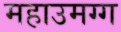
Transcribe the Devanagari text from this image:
महाउमग्ग